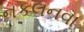
નકલનવા